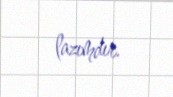
lazımdır.